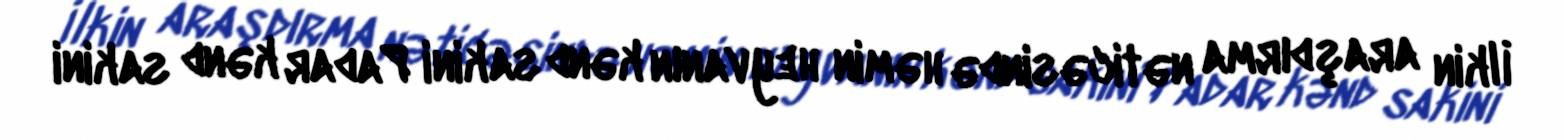
İlkin araşdırma nəticəsində həmin heyvanın kənd sakini Padar kənd sakini